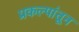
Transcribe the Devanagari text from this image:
प्रकल्पांतून